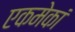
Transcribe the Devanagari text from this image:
एकमेकां